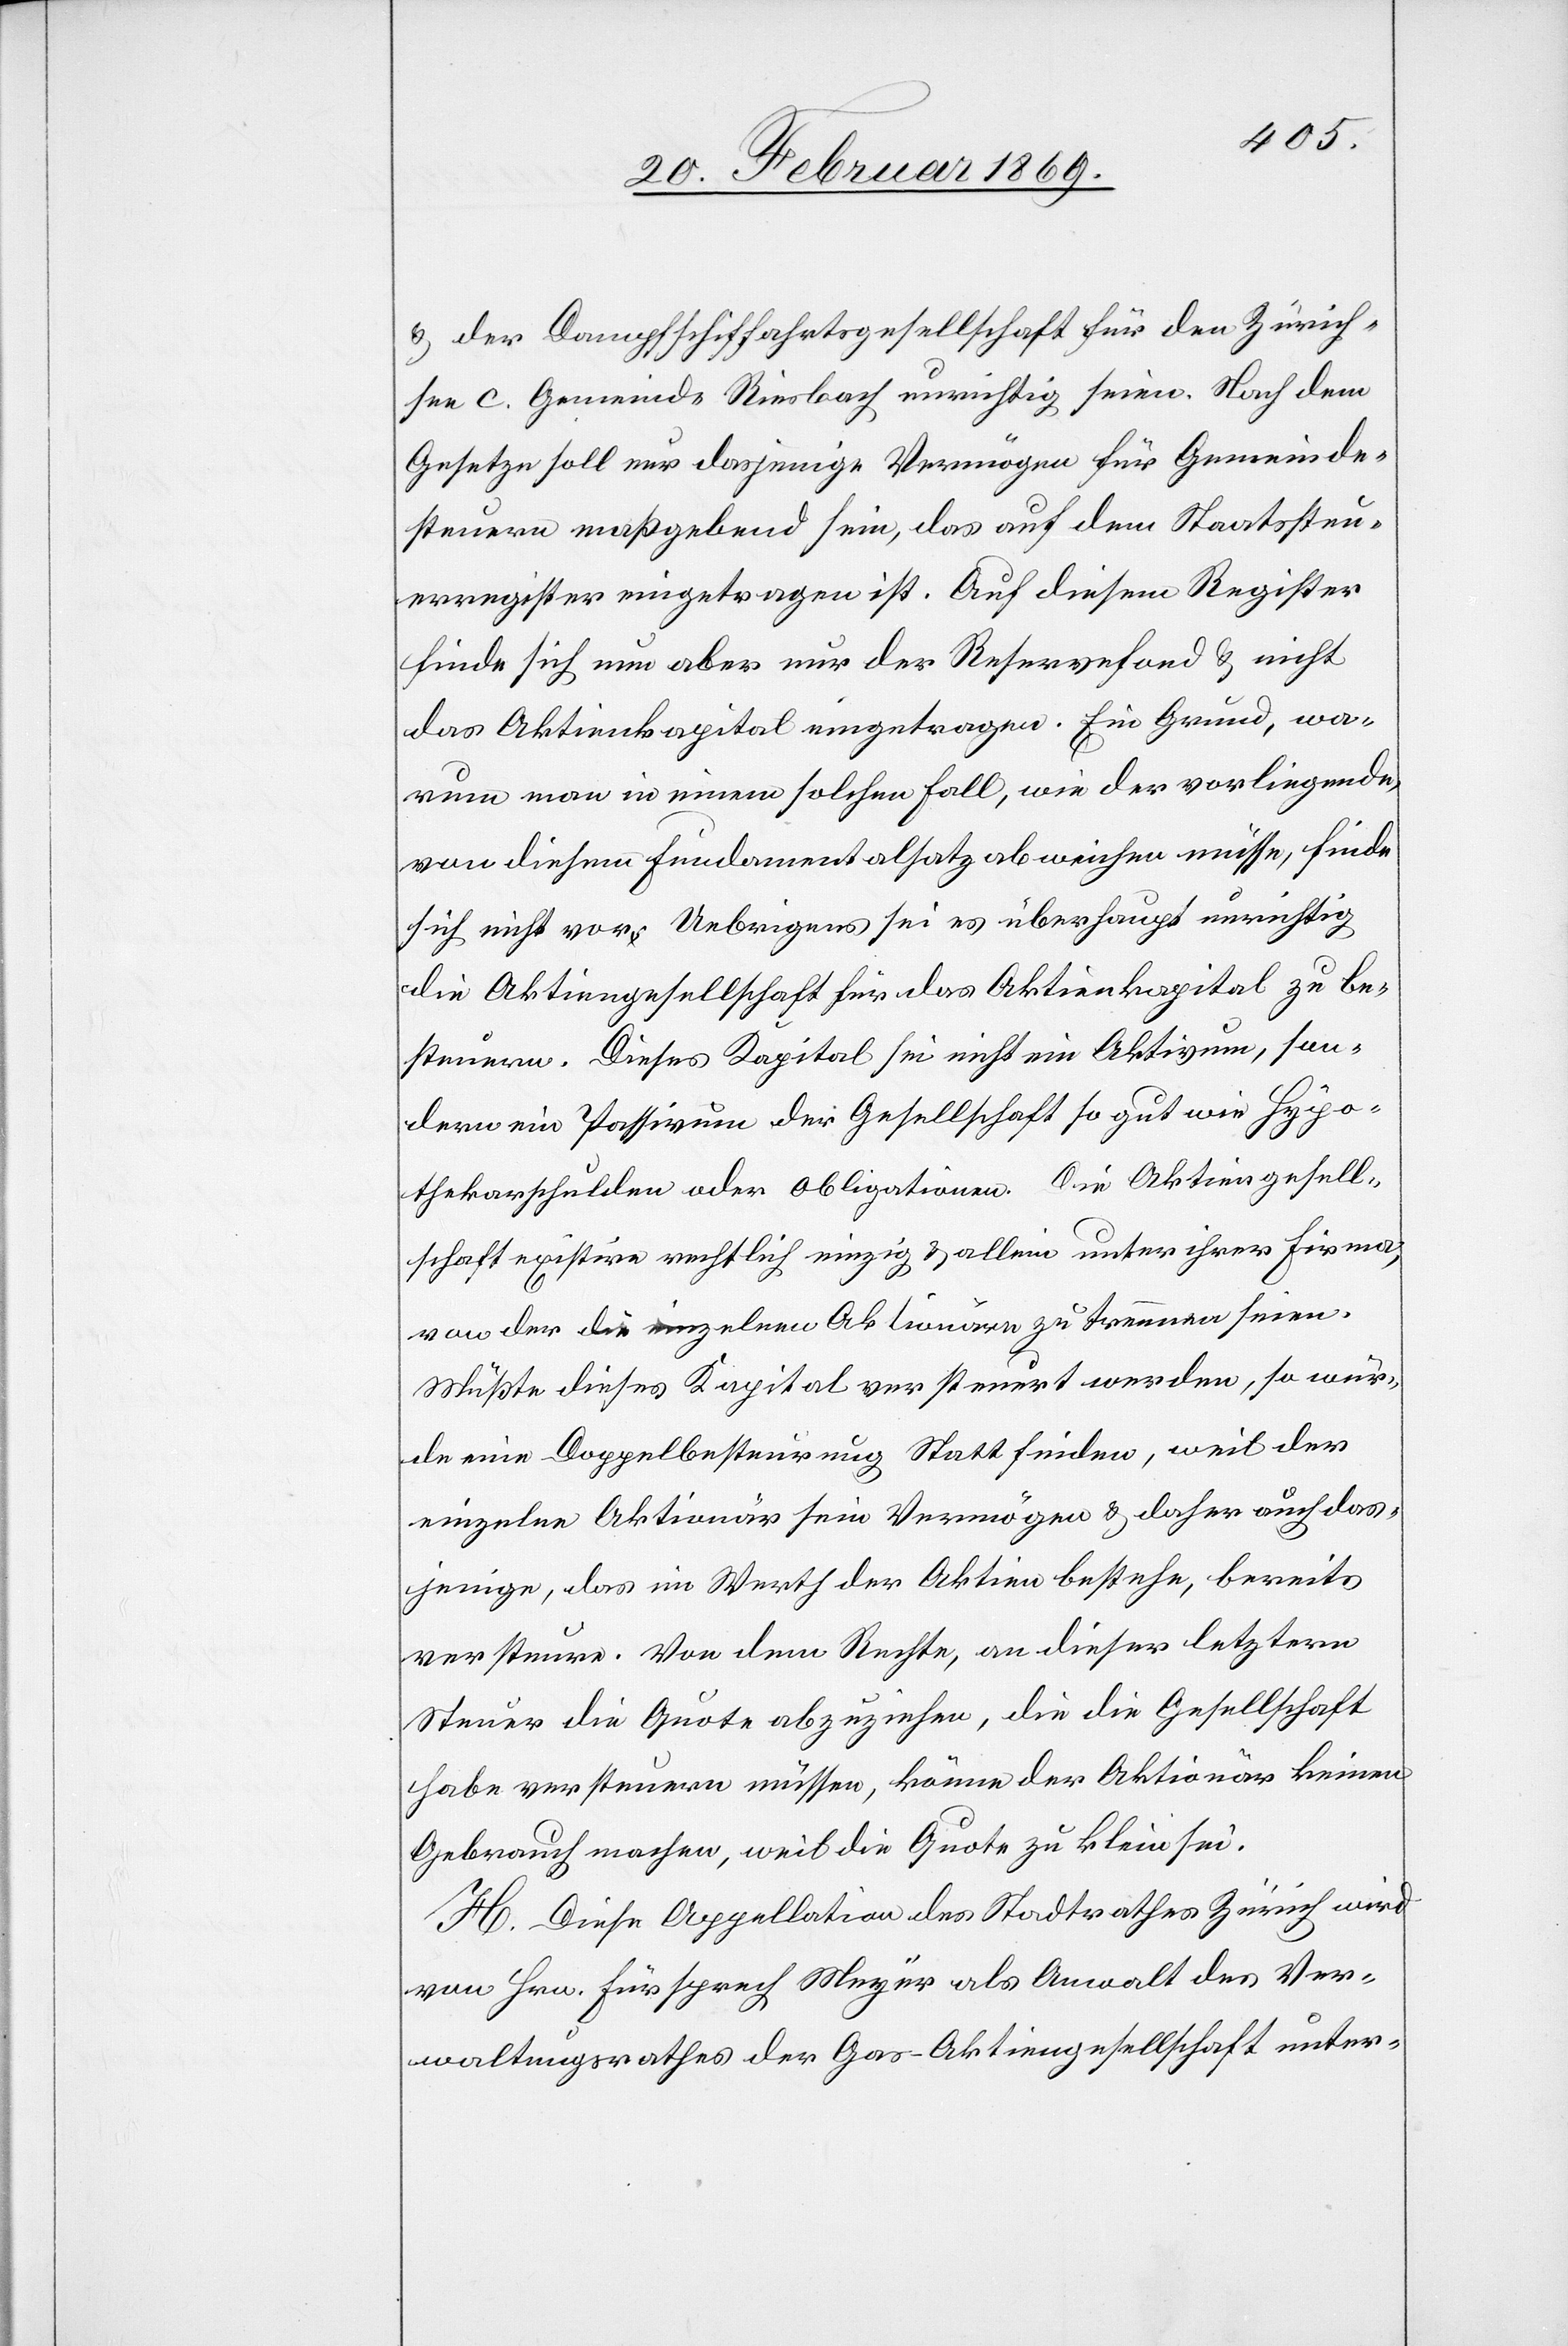
& der Dampfschiffahrtsgesellschaft für den Zürich¬
see C. Gemeinde Riesbach unrichtig seien. Nach dem
Gesetze soll nur dasjenige Vermögen für Gemeinde¬
steuern maßgebend sein, das auf dem Staatssteu¬
erregister eingetragen ist. Auf diesem Register
finde sich nun aber nur der Reservefond & nicht
das Aktienkapital eingetragen. Ein Grund, wa¬
rum man in einem solchen Fall, wie der vorliegende,
von diesem Fundamentalsatz abweichen müsse, finde
sich nicht vor. Uebrigens sei es überhaupt unrichtig
die Aktiengesellschaft für das Aktienkapital zu be¬
steuern. Dieses Kapital sei nicht ein Aktivum, son¬
dern ein Passivum der Gesellschaft so gut wie Hypo¬
thekarschulden oder Obligationen. Die Aktiengesell¬
schaft existire rechtlich einzig & allein unter ihrer Firma,
von der die einzelnen Aktionäre zu trennen seien.
Müßte dieses Kapital versteuert werden, so wür¬
de eine Doppelbesteurung Statt finden, weil der
einzelne Aktionär sein Vermögen u. daher auch das¬
jenige, das im Werth der Aktien bestehe, bereits
versteure. Von dem Rechte, an dieser letztern
Steuer die Quote abzuziehen, die die Gesellschaft
habe versteuern müssen, könne der Aktionär keinen
Gebrauch machen, weil die Quote zu klein sei.
H. Diese Appellation des Stadtrathes Zürich wird
von Hrn. Fürsprech Meyer als Anwalt des Ver¬
waltungsrathes der Gas-Aktiengesellschaft unter-